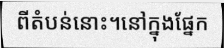
ពីតំបន់នោះ។នៅក្នុងផ្នែក